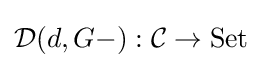
{\mathcal {D}}(d,G-):{\mathcal {C}}\to \mathrm {Set}